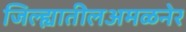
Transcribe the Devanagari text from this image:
जिल्ह्यातीलअमळनेर